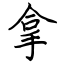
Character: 拿